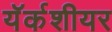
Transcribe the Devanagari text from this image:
यॅर्कशीयर